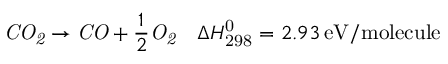
\mathit { C O _ { 2 } } \rightarrow \mathit { C O } + \frac { 1 } { 2 } \mathit { O _ { 2 } } \quad \Delta H _ { \mathrm { 2 9 8 } } ^ { \mathrm { 0 } } = 2 . 9 3 \, \mathrm { e V / m o l e c u l e }